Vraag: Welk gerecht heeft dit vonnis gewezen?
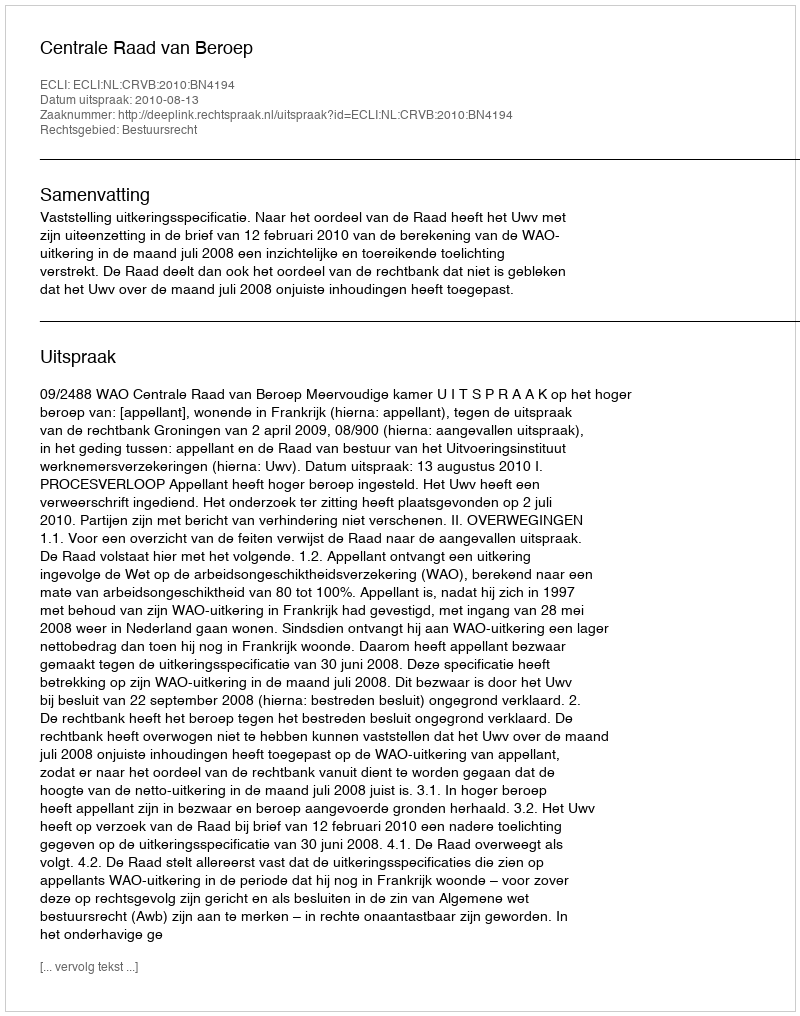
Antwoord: Centrale Raad van Beroep